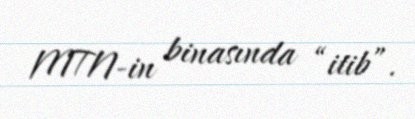
MTN-in binasında “itib”.